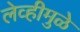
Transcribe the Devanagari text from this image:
लेव्हीमुळे